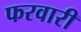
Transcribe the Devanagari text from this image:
फरवारी